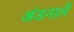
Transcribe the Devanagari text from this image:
अंडनालें